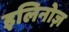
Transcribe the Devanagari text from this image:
इलिनोज़